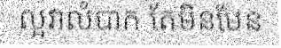
ល្អវាលំបាក តែមិនមែន